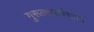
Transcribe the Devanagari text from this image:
गुरूत्वाकर्षणाचा